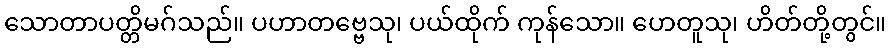
သောတာပတ္တိမဂ်သည်။ ပဟာတဗ္ဗေသု၊ ပယ်ထိုက် ကုန်သော။ ဟေတူသု၊ ဟိတ်တို့တွင်။